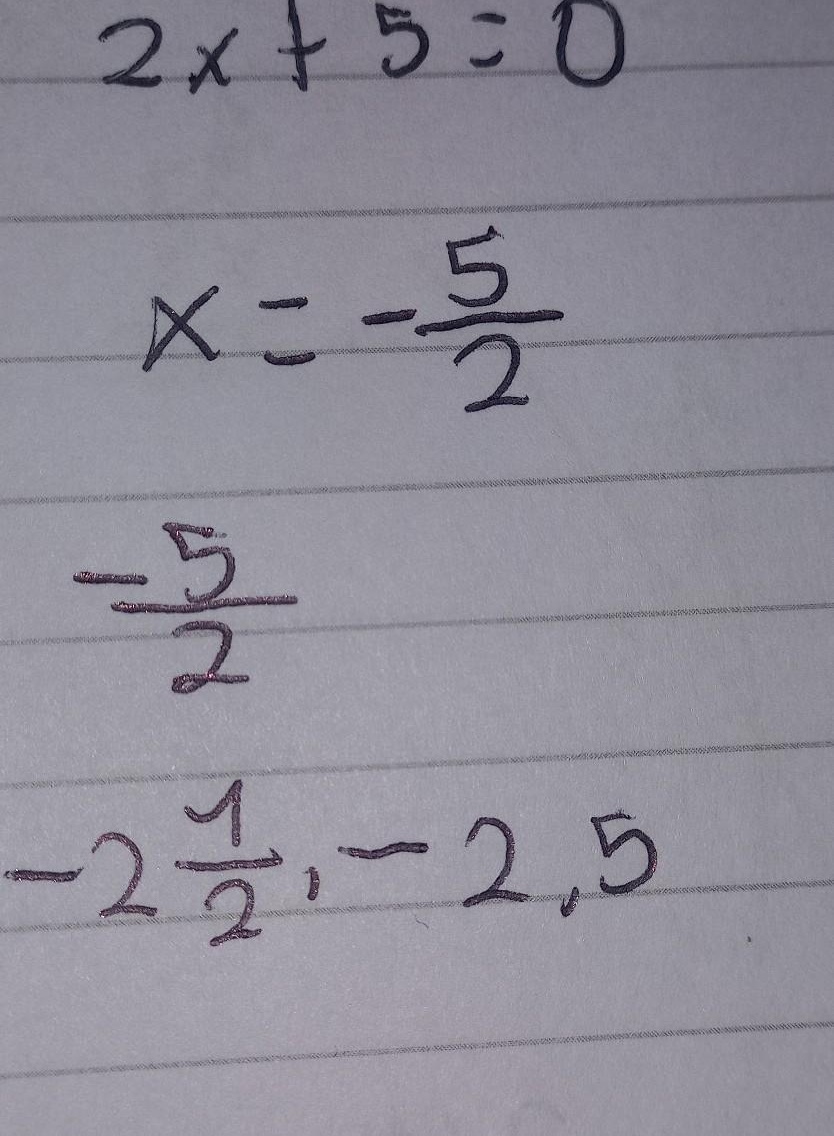
\[\begin{align*}
2x + 5&= 0\\
x&=-\frac{5}{2}\\
\end{align*}\]
\(-\frac{5}{2}=-2\frac{1}{2}=- 2.5\)